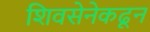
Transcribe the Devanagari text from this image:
शिवसेनेकढून